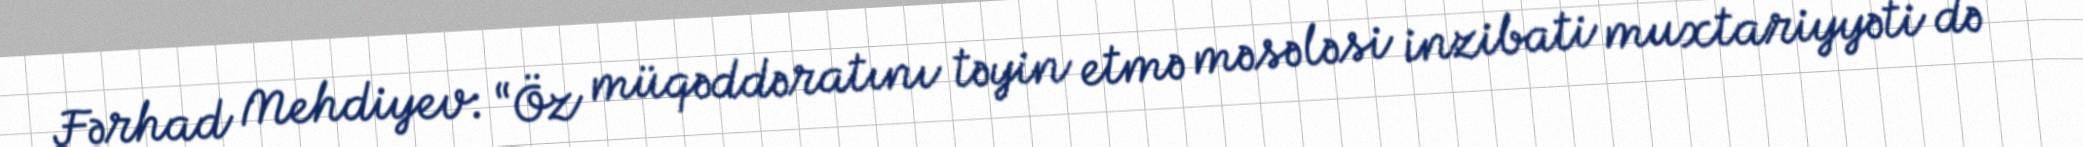
Fərhad Mehdiyev: “Öz müqəddəratını təyin etmə məsələsi inzibati muxtariyyəti də